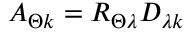
A _ { \Theta k } = R _ { \Theta \lambda } D _ { \lambda k }